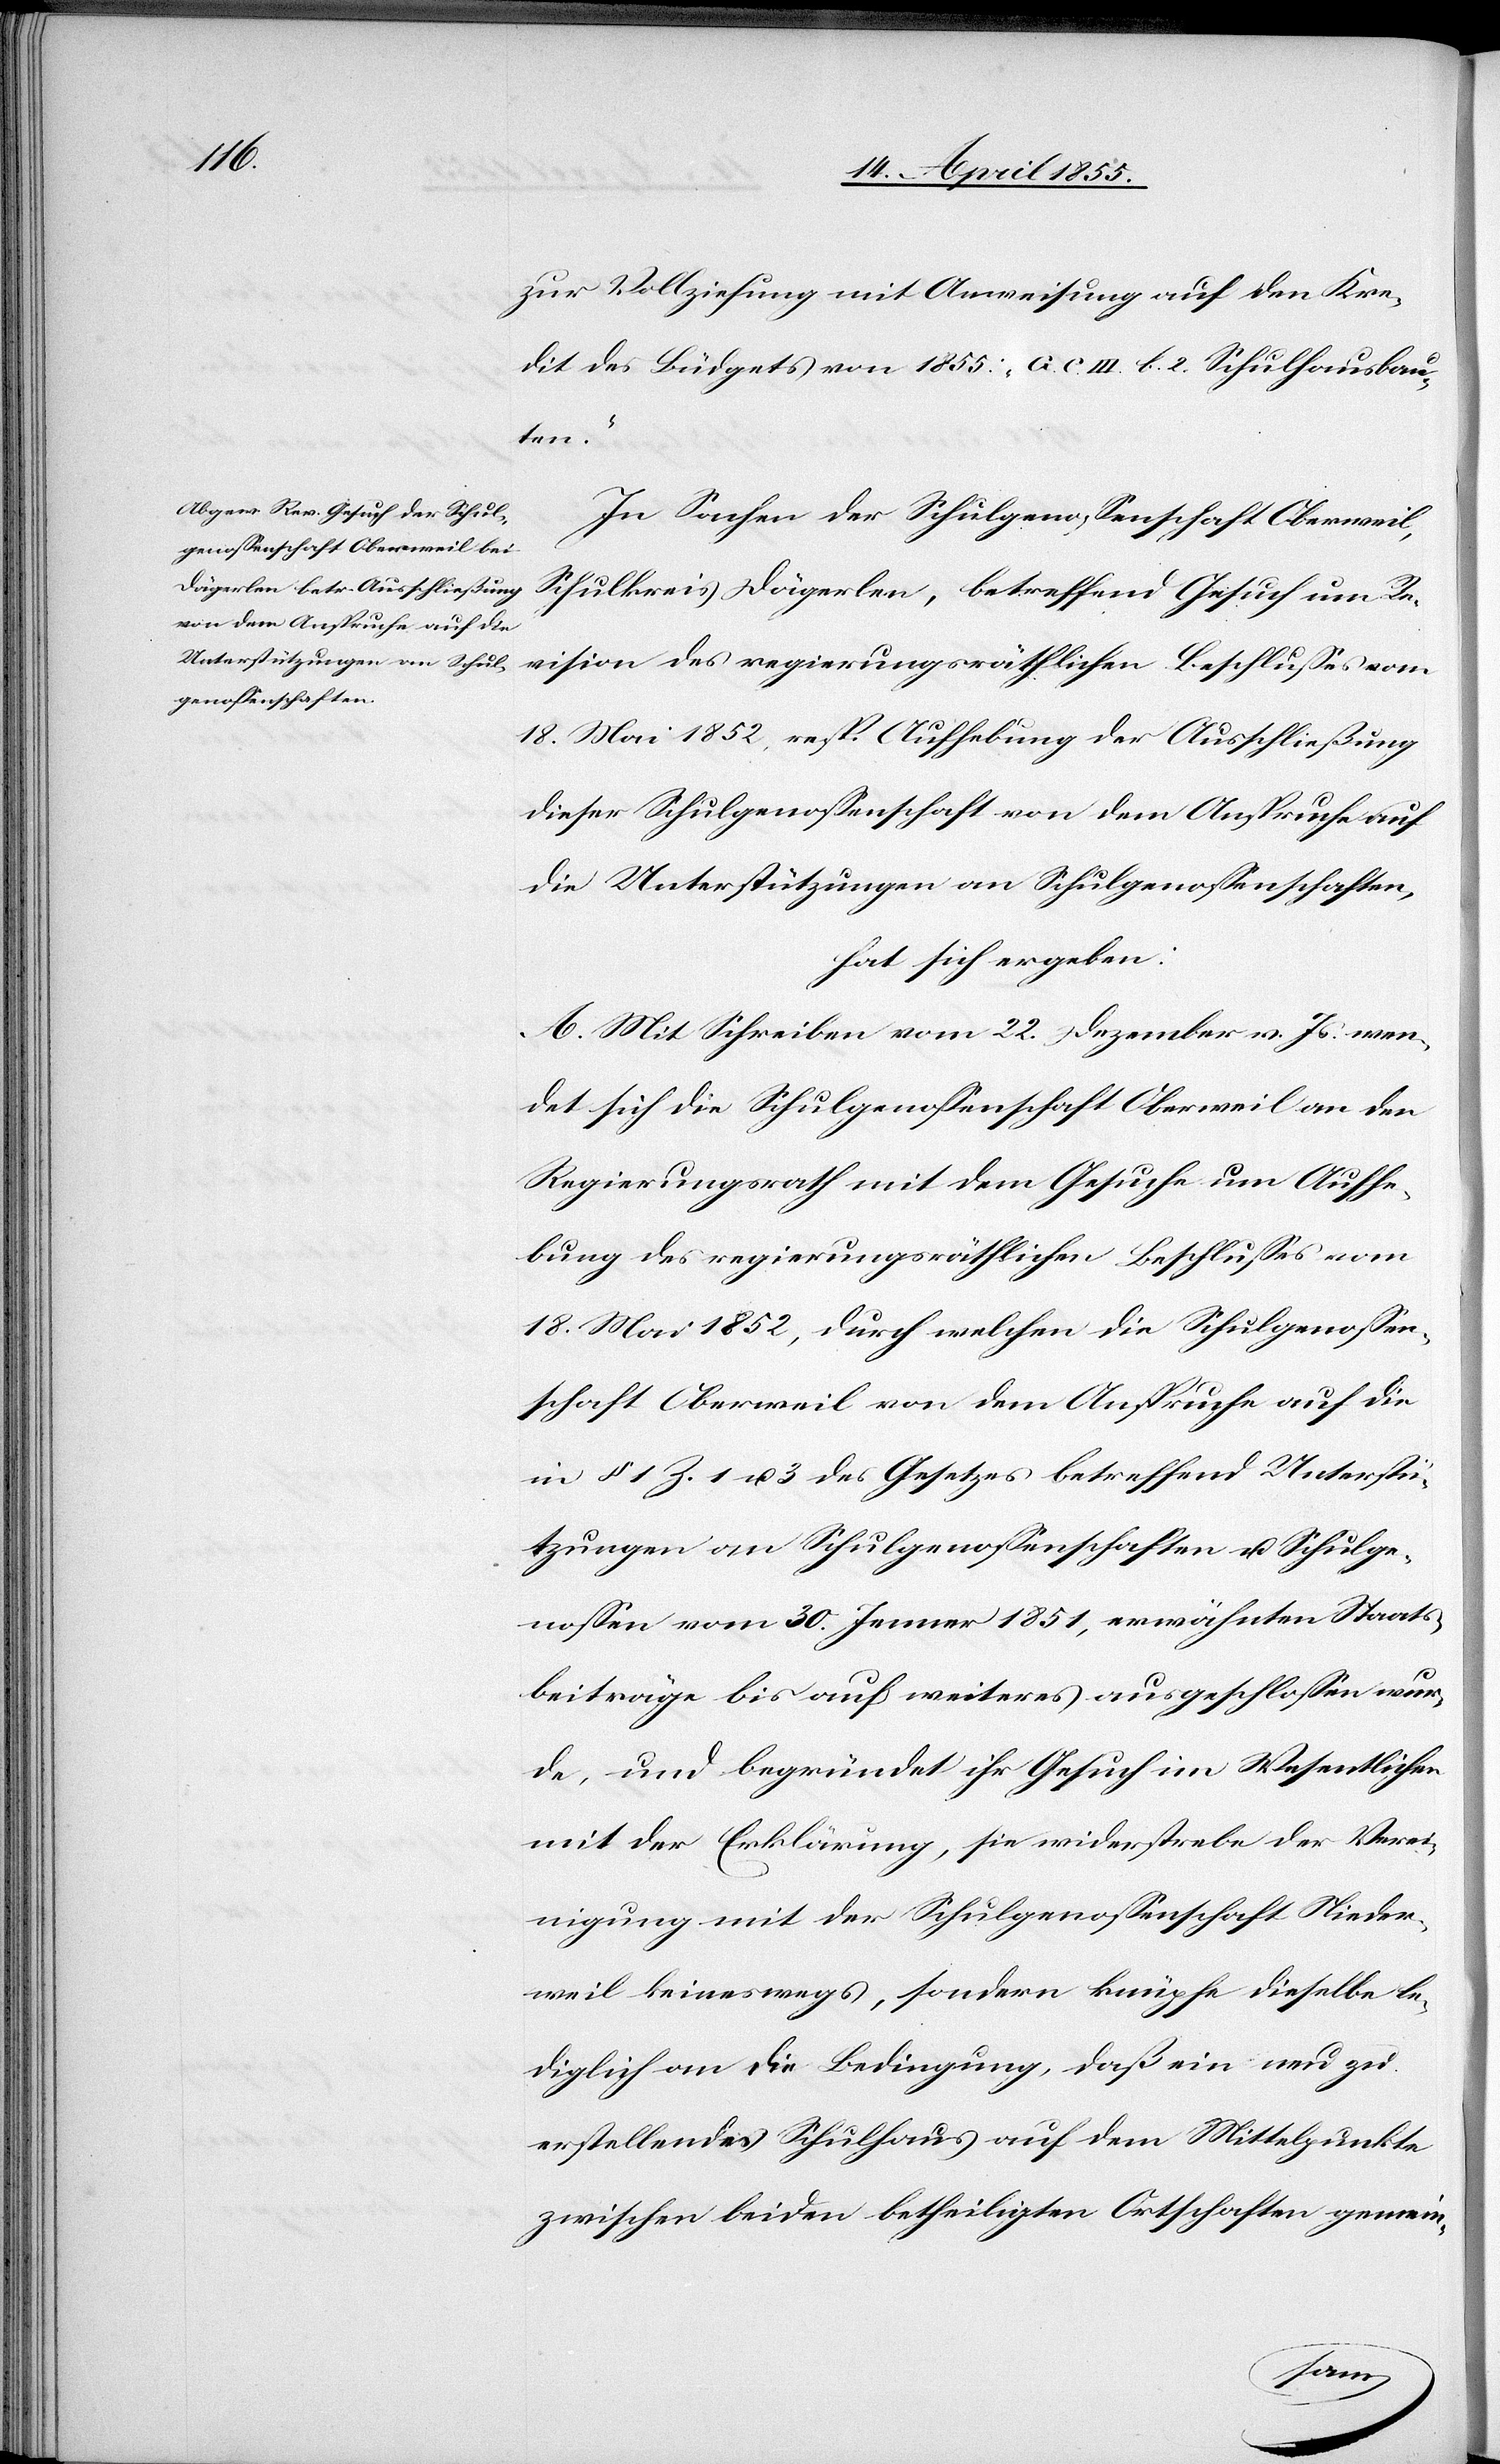
zur Vollziehung mit Anweisung auf den Kre¬
dit des Büdgets von 1855: „G. C. III. b. 2. Schulhausbau¬
ten“.
In Sachen der Schulgenossenschaft Oberweil,
Schulkreis Dägerlen, betreffend Gesuch um Re¬
vision des regierungsräthlichen Beschlusses vom
18. Mai 1852, resp. Aufhebung der Ausschließung
dieser Schulgenossenschaft von dem Anspruche auf
die Unterstützungen an Schulgenossenschaften,
hat sich ergeben:
A. Mit Schreiben vom 22. Dezember v. Js. wen¬
det sich die Schulgenossenschaft Oberweil an den
Regierungsrath mit dem Gesuche um Aufhe¬
bung des regierungsräthlichen Beschlusses vom
18. Mai 1852, durch welchen die Schulgenossen¬
schaft Oberweil von dem Anspruche auf die
in § 1 Z. 1 u. 3 des Gesetzes betreffend Unterstü¬
tzungen an Schulgenossenschaften u. Schulge¬
nossen vom 30. Jenner 1851, erwähnten Staats¬
beiträge bis auf weiteres ausgeschlossen wur¬
de, und begründet ihr Gesuch im Wesentlichen
mit der Erklärung, sie widerstrebe der Verei¬
nigung mit der Schulgenossenschaft Nieder¬
weil keineswegs, sondern knüpfe dieselbe le¬
diglich an die Bedingung, daß ein neu zu
erstellendes Schulhaus auf dem Mittelpunkte
zwischen beiden betheiligten Ortschaften gemein-